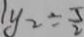
y _ { 2 } = \frac { 5 } { 2 }